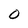
Character: 0